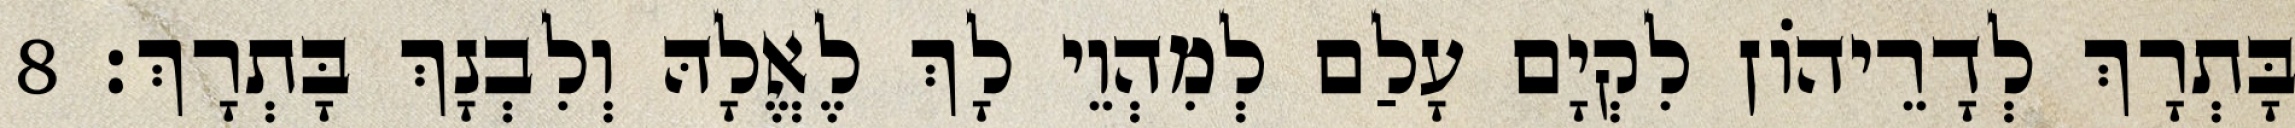
בָּתְרָךְ לְדָרֵיהוֹן לִקְיָם עָלַם לְמִהְוֵי לָךְ לֶאֱלָהּ וְלִבְנָךְ בָּתְרָךְ׃ 8